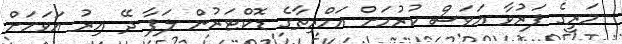
މަރީގެ ފަރުވާ އަވަސް ކުރުމަށް އަމްރިތާގެ ޑޮކްޓަރުން ލަފާ ދޭ އިރު އަވަހަށް